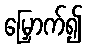
မြှောက်၍